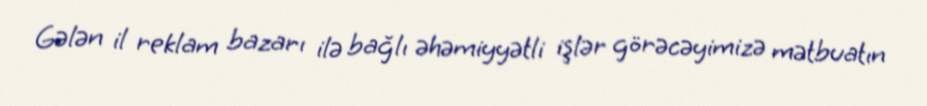
Gələn il reklam bazarı ilə bağlı əhəmiyyətli işlər görəcəyimizə mətbuatın